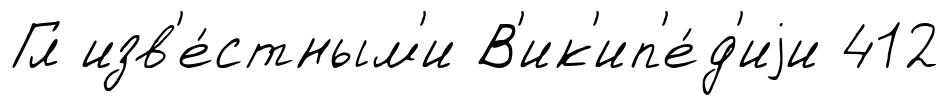
Гл изв'е́стным'и В'ик'ип'е́д'иjи 412